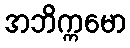
အဘိက္ကမော